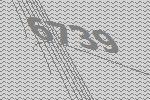
6739